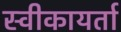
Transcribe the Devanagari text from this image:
स्वीकायर्ता